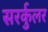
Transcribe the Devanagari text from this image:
सरर्कुलर